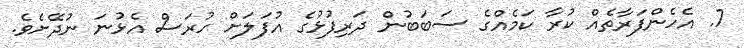
7. އެހެންފަރާތެއް ކުރާ ކަމެއްގެ ސަބަބުން ދަރިފުޅުގެ އުފަލަށް ހުރަސް އެޅުނަ ނުދޭށެވެ.